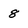
Character: 8